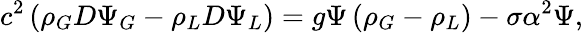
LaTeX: c^{2}\left(\rho_{G}D\Psi_{G}-\rho_{L}D\Psi_{L}\right)=g\Psi\left(\rho_{G}-\rho_{L}\right)-\sigma\alpha^{2}\Psi,